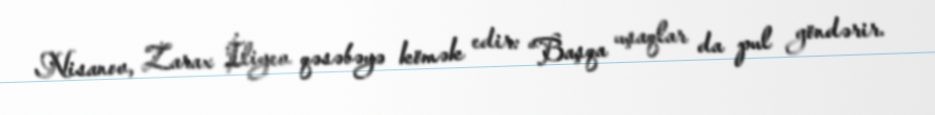
Nisanov, Zarax İliyev qəsəbəyə kömək edir: “Başqa uşaqlar da pul göndərir.